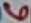
Text: 6